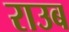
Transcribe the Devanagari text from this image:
राउब